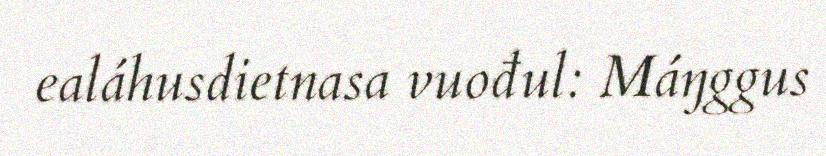
ealáhusdietnasa vuođul: Máŋggus